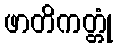
ဖာတိကတ္တုံ